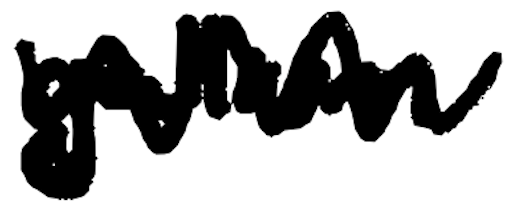
Text: gallium
Cross-out: mix
Writing tool: digital_black